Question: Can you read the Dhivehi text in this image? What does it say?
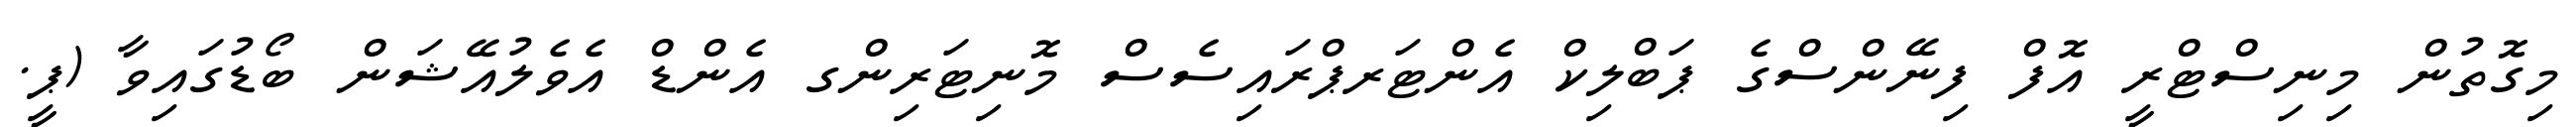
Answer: މިގޮތުން މިނިސްޓްރީ އޮފް ފިނޭންސްގެ ޕަބްލިކް އެންޓަރޕްރައިސެސް މޮނިޓަރިންގ އެންޑް އެވެލުއޭޝަން ބޯޑުގައިވާ (ޕީ.